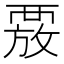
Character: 𮗄